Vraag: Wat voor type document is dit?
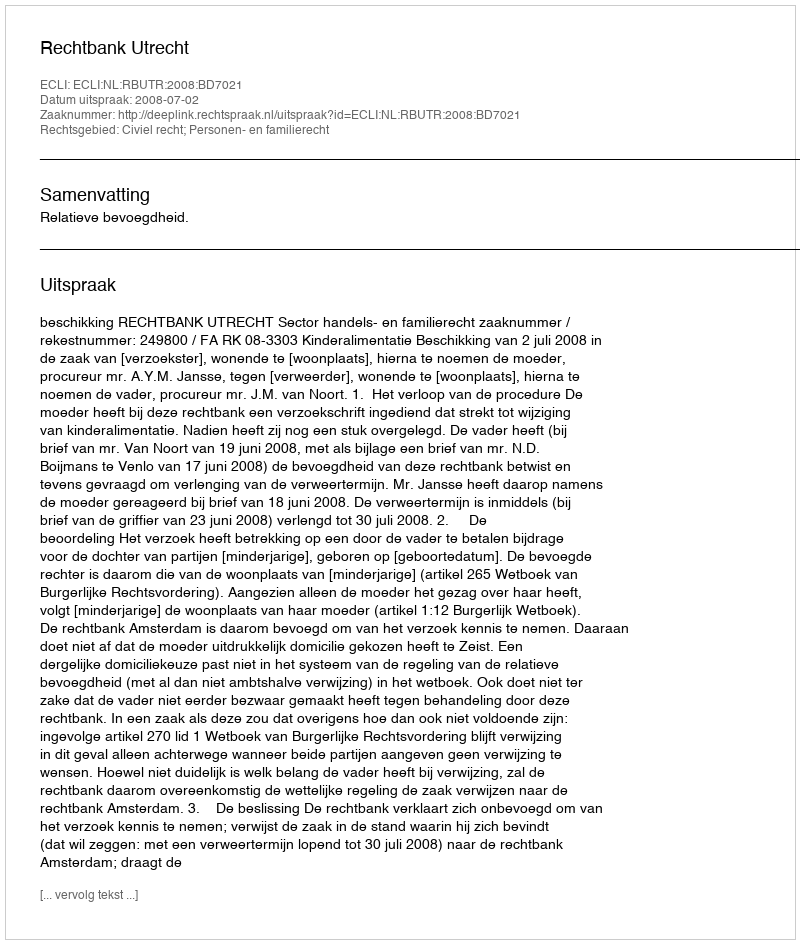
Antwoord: Uitspraak